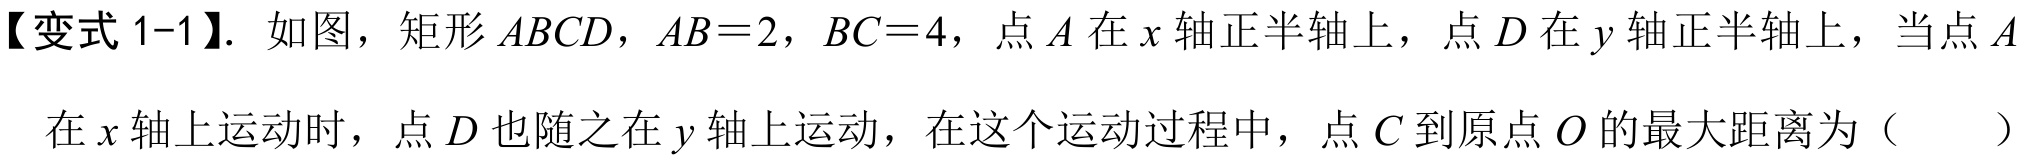
【变式1-1】. 如图，矩形$ABCD$，$AB = 2$，$BC = 4$，点$A$在$x$轴正半轴上，点$D$在$y$轴正半轴上，当点$A$在$x$轴上运动时，点$D$也随之在$y$轴上运动，在这个运动过程中，点$C$到原点$O$的最大距离为（  ）